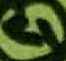
Text: 4